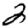
Digit: 2